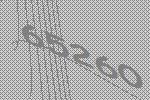
65260